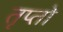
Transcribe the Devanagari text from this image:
तृप्तो